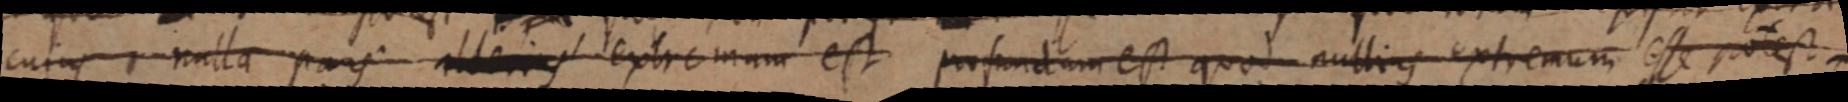
cujus nulla pars alterius extremum est profundum est quod nullius extremum esse potest